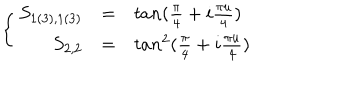
\left\{ \begin{array} { r c l } { { S _ { 1 ( 3 ) , 1 ( 3 ) } } } & { { = } } & { { t a n ( \frac { \pi } { 4 } + i \frac { \pi u } { 4 } ) } } \\ { { S _ { 2 , 2 } } } & { { = } } & { { t a n ^ { 2 } ( \frac { \pi } { 4 } + i \frac { \pi u } { 4 } ) \nonumber } } \\ \end{array} \right.